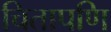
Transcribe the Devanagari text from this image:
चितापणि